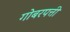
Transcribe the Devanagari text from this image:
गोबरपत्ती